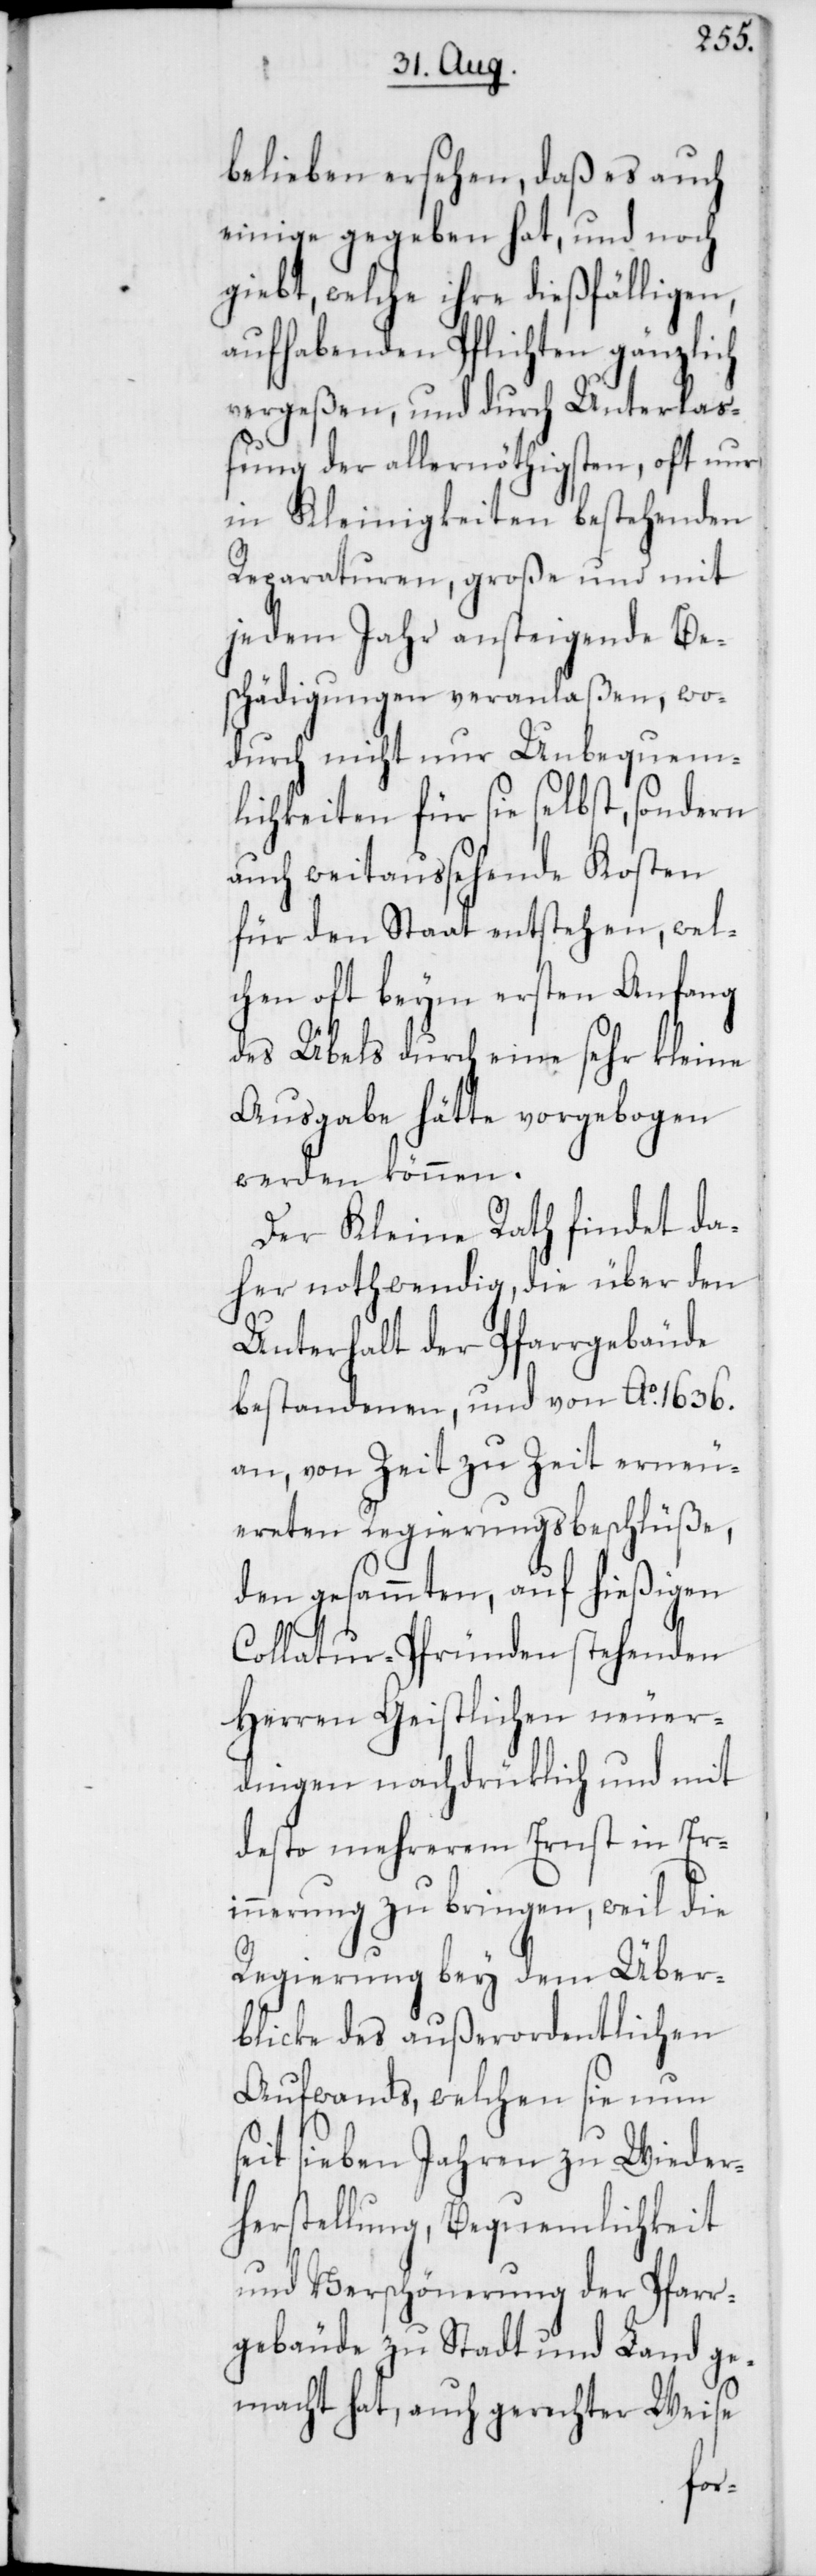
belieben ersehen, daß es auch
einige gegeben hat, und noch
giebt, welche ihre dießfälligen
aufhabenden Pflichten gänzlich
vergeßen, und durch Unterla¬
ßung der allernöthigsten, oft nur
in Kleinigkeiten bestehenden
Reparathuren, große und mit
jedem Jahr ansteigende Be¬
schädigungen veranlaßen, wo¬
durch nicht nur Unbequem¬
lichkeiten für sie selbst, sondern
auch weitaussehende Kosten
für den Staat entstehen, wel¬
chen oft beym ersten Anfang
des Übels durch eine sehr kleine
Ausgabe hätte vorgebogen
werden können.
Der Kleine Rath findet da¬
her nothwendig, die über den
Unterhalt der Pfarrgebäude
bestandenen, und von Ao. 1636.
an, von Zeit zu Zeit erneu¬
ereten Regierungsbeschlüße,
den gesammten, auf hießigen
Collatur-Pfründen stehenden
Herren Geistlichen neuer¬
dingen nachdrüklich und mit
desto mehrerem Ernst in Eri¬
nnerung zu bringen, weil die
Regierung bey dem Über¬
blicke des außerordentlichen
Aufwands, welchen sie nun s¬
eit sieben Jahren zu Wieder¬
herstellung, Bequemlichkeit
und Verschönerung der Pfarr¬
gebäude zu Stadt und Land ge¬
macht hat, auch gerechter Weise